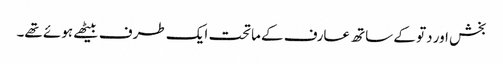
بخش اور دتو کے ساتھ عارف کے ماتحت ایک طرف بیٹھے ہوئے تھے۔